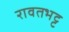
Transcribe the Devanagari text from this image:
रावतभट्ट